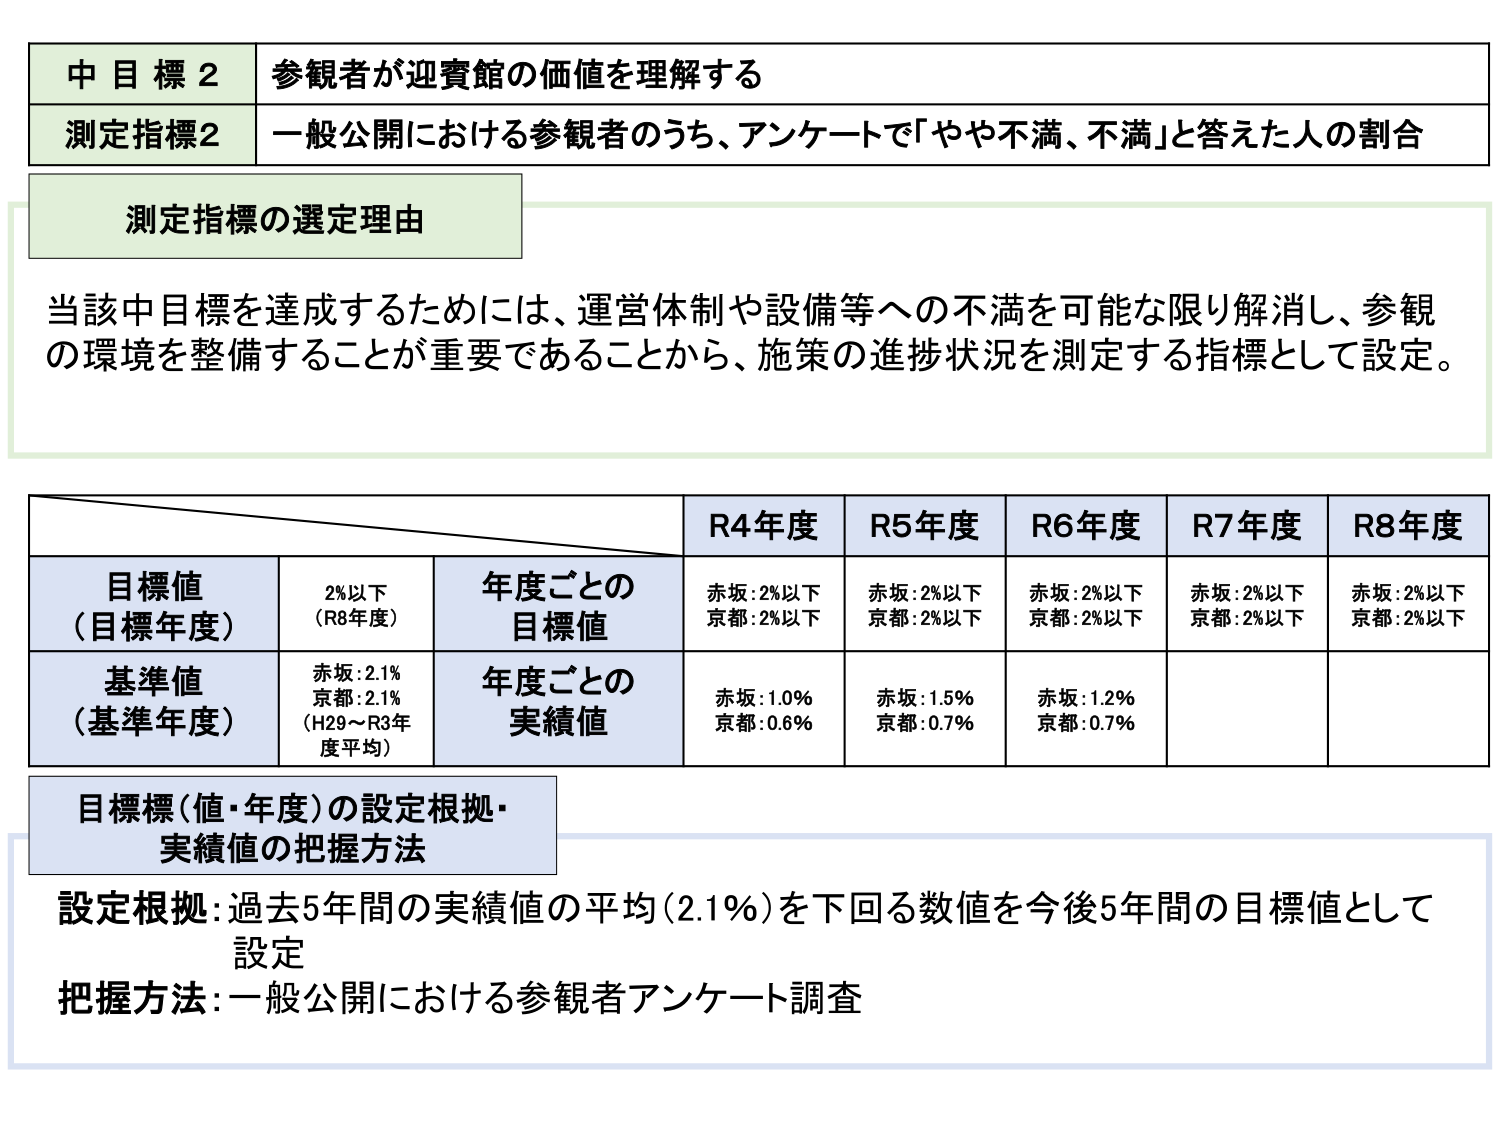
中目標2 参観者が迎賓館の価値を理解する
測定指標2 一般公開における参観者のうち、アンケートで「やや不満、不満」と答えた人の割合

測定指標の選定理由
当該中目標を達成するためには、運営体制や設備等への不満を可能な限り解消し、参観の環境を整備することが重要であることから、施策の進捗状況を測定する指標として設定。

R4年度 R5年度 R6年度 R7年度 R8年度
目標値（目標年度） 2%以下（R8年度） 年度ごとの目標値 赤坂：2%以下 京都：2%以下 赤坂：2%以下 京都：2%以下 赤坂：2%以下 京都：2%以下 赤坂：2%以下 京都：2%以下 赤坂：2%以下 京都：2%以下
基準値（基準年度） 赤坂：2.1% 京都：2.1%（H29～R3年度平均） 年度ごとの実績値 赤坂：1.0% 京都：0.6% 赤坂：1.5% 京都：0.7% 赤坂：1.2% 京都：0.7%

目標標（値・年度）の設定根拠・実績値の把握方法
設定根拠：過去5年間の実績値の平均（2.1%）を下回る数値を今後5年間の目標値として設定
把握方法：一般公開における参観者アンケート調査